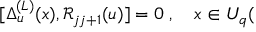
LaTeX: \lbrack \Delta _ { u } ^ { ( L ) } ( x ) , \mathcal { R } _ { j j + 1 } ( u ) ] = 0 \; , \quad x \in U _ { q } (